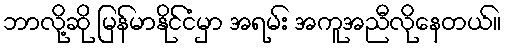
ဘာလို့ဆို မြန်မာနိုင်ငံမှာ အရမ်း အကူအညီလိုနေတယ်။